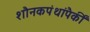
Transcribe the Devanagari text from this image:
शौनकपंथांपैकीं